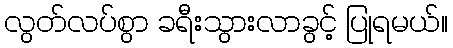
လွတ်လပ်စွာ ခရီးသွားလာခွင့် ပြုရမယ်။